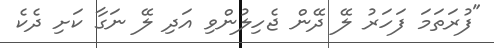
"ފުރަތަމަ ފަހަރު ލޭ ދޭން ޖެހިލުންވި އަދި ލޭ ނަގާ ކަށި ދެކެ